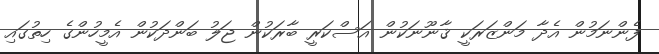
ފެންނަމުން އެދާ މަންޒަރަކީ ޤާނޫނަކުން އަސްކަރީ ބާރަކުން ޖަލު ބަންދަކުން އެމީހުންގެ ހިތުގައި